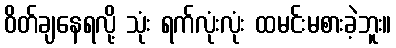
ဝိတ်ချနေရလို့ သုံး ရက်လုံးလုံး ထမင်းမစားခဲ့ဘူး။